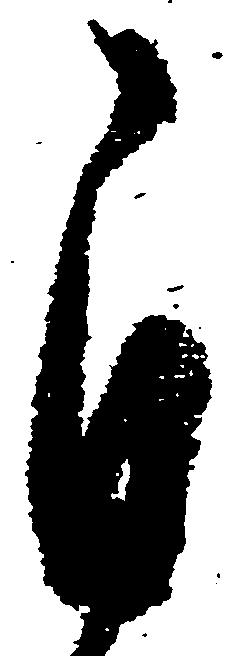
自